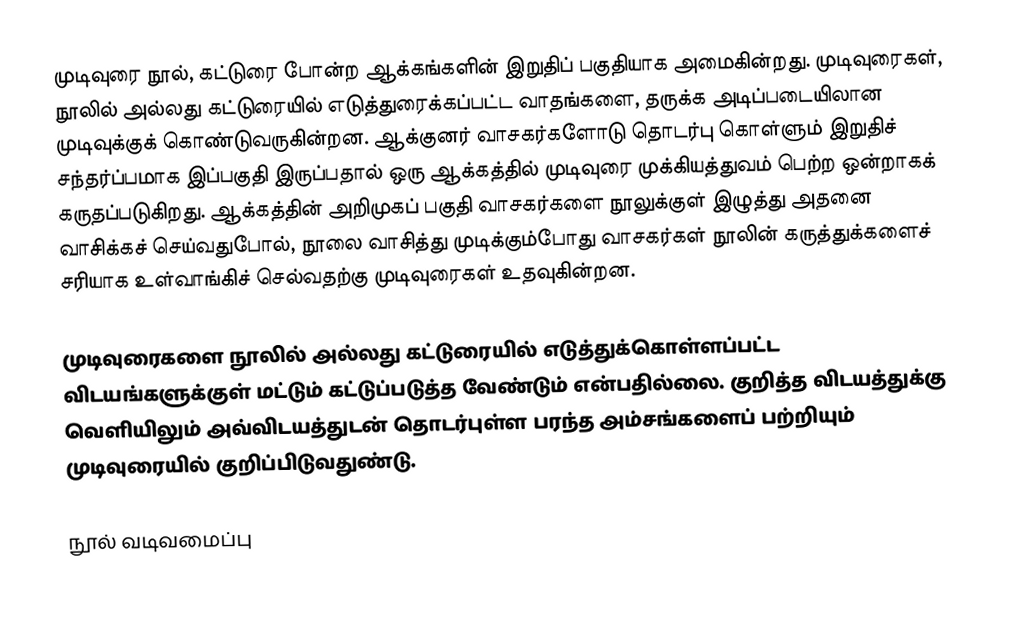
முடிவுரை நூல், கட்டுரை போன்ற ஆக்கங்களின் இறுதிப் பகுதியாக அமைகின்றது. முடிவுரைகள், நூலில் அல்லது கட்டுரையில் எடுத்துரைக்கப்பட்ட வாதங்களை, தருக்க அடிப்படையிலான முடிவுக்குக் கொண்டுவருகின்றன. ஆக்குனர் வாசகர்களோடு தொடர்பு கொள்ளும் இறுதிச் சந்தர்ப்பமாக இப்பகுதி இருப்பதால் ஒரு ஆக்கத்தில் முடிவுரை முக்கியத்துவம் பெற்ற ஒன்றாகக் கருதப்படுகிறது. ஆக்கத்தின் அறிமுகப் பகுதி வாசகர்களை நூலுக்குள் இழுத்து அதனை வாசிக்கச் செய்வதுபோல், நூலை வாசித்து முடிக்கும்போது வாசகர்கள் நூலின் கருத்துக்களைச் சரியாக உள்வாங்கிச் செல்வதற்கு முடிவுரைகள் உதவுகின்றன.

முடிவுரைகளை நூலில் அல்லது கட்டுரையில் எடுத்துக்கொள்ளப்பட்ட விடயங்களுக்குள் மட்டும் கட்டுப்படுத்த வேண்டும் என்பதில்லை. குறித்த விடயத்துக்கு வெளியிலும் அவ்விடயத்துடன் தொடர்புள்ள பரந்த அம்சங்களைப் பற்றியும் முடிவுரையில் குறிப்பிடுவதுண்டு.

நூல் வடிவமைப்பு